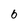
Character: 6